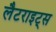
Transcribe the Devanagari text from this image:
लैटराइट्स